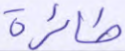
طائره